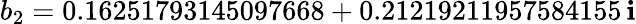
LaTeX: b_{2}=0.16251793145097668+0.21219211957584155\, \mathbf{i}